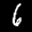
Label: 6